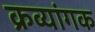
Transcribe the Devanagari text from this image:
क्रव्यांगक